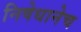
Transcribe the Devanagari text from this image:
निषेधानेच